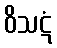
ဝိသဋံ